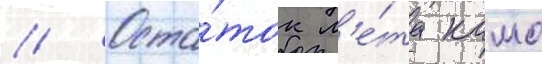
// Оста́ток л'е́та камо